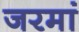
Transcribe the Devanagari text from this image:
जरमां